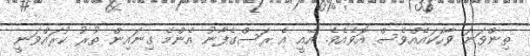
ތިންވަނަ ވާހަކައެއްވެސް އޮވެއެވެ. އެއީ އެ ރަސްގެފާނު އެންމެ ގިނައިން ތުރު ކުރައްވަނީ